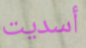
أسديت